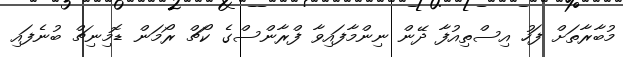
މުބާރާތަށް ފަހު އިސްތިއުފާ ދޭން ނިންމާފައިވާ ފްރާންސްގެ ކޯޗް ރޯމަން ޑޮމިނިޗް ބުނެފައި